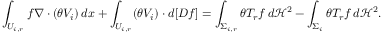
\int _ { U _ { i , r } } f \nabla \cdot ( \theta V _ { i } ) \, d x + \int _ { U _ { i , r } } ( \theta V _ { i } ) \cdot d [ D f ] = \int _ { \Sigma _ { i , r } } \theta T _ { r } f \, d \mathcal H ^ { 2 } - \int _ { \Sigma _ { i } } \theta T _ { r } f \, d \mathcal H ^ { 2 } .